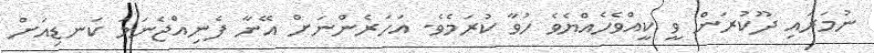
ނުމަރައި ދޫކުރަން ވީ ކީއްވެހެއްޔެވެ ހުވާ ކުރަމެވެ. އަހަރެންނަށް އޭނާ ފެނިއްޖެނަމަ ކަނޑިއަށް